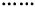
……